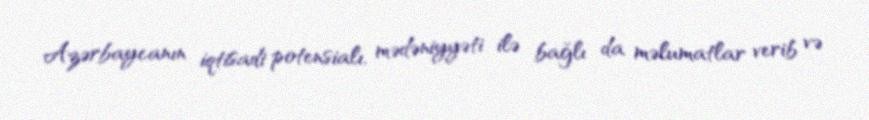
Azərbaycanın iqtisadi potensialı, mədəniyyəti ilə bağlı da məlumatlar verib və